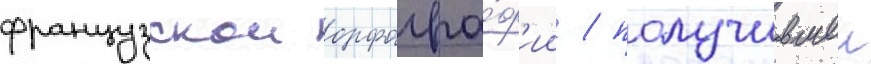
французскои орфогра́ф'ии / получившеи